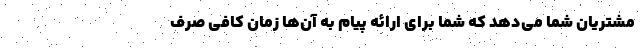
مشتریان شما می‌دهد که شما برای ارائه پیام به آن‌ها زمان کافی صرف